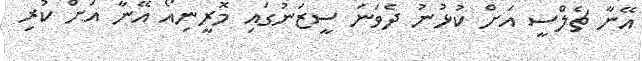
އޭނާ ޗެލްސީ އަށް ކުޅުނު ދެވަނަ ސީޒަނުގައި މޮރީނިއޯ އޭނާ އަށް ކުރި